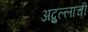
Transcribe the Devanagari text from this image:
अब्दुल्लाची